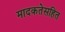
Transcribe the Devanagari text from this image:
मादकतेसहित